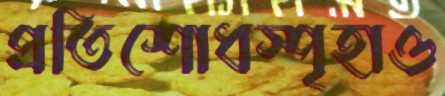
প্রতিশোধস্পৃহাও